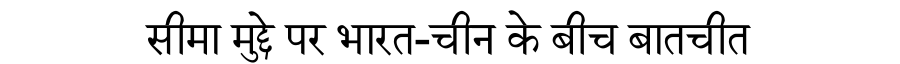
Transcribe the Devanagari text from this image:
सीमा मुद्दे पर भारत-चीन के बीच बातचीत